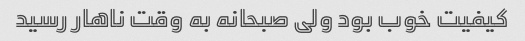
کیفیت خوب بود ولی صبحانه به وقت ناهار رسید